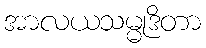
အာလယသမ္မုဒိတာ